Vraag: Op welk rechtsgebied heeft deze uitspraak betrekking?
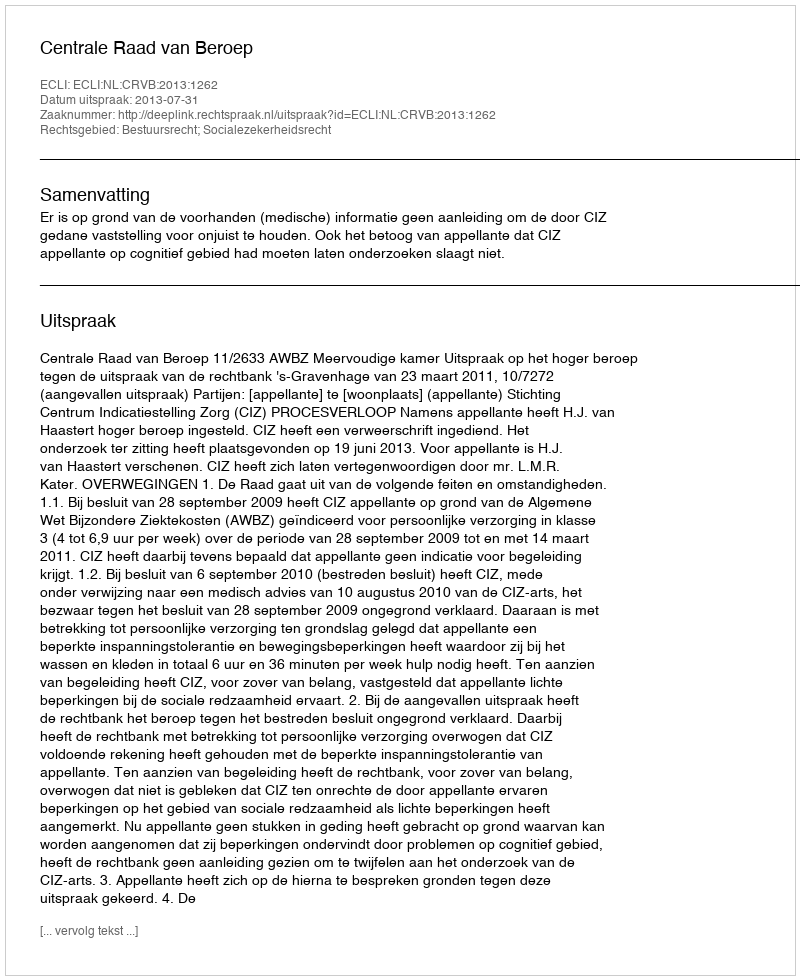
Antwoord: Bestuursrecht; Socialezekerheidsrecht